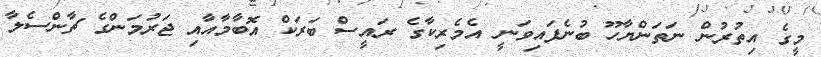
މީގެ އިތުރުން ނަތަންޔާހޫ ބުނެފައިވަނީ އެމެރިކާގެ ރައީސް ބަރަކް އޮބާމާއާއި ޖަރުމަންގެ ޗާންސެލާ